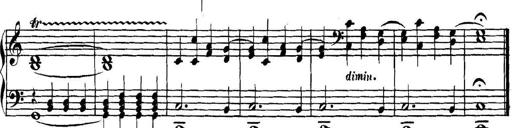
Title: Collected Piano Sonatas
Composer: Muzio Clementi